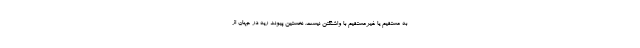
به مستقیم یا غیرمستقیم با واشنگتن نیست. نخستین پیوند ریه در جهان از